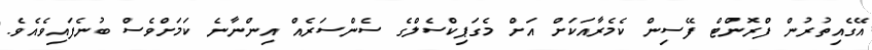
އޭގެއިތުރުން ފްރޮންޓް ފޭސިން ކެމެރާއަކަށް އަށް މެގަޕިކްސެލްގެ ސެންސަރެއް އިންނާނެ ކަމަށްވެސް ބުނެފައިވެއެވެ.